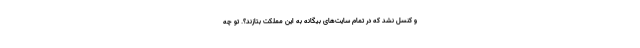
و کنسل نشد که در تمام سایت‌های بیگانه به این مملکت بتازند؟. تو چه